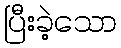
ပြီးခဲ့သော